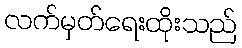
လက်မှတ်ရေးထိုးသည်